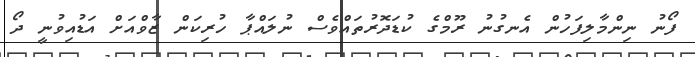
ފޯނު ނިންމާލިފަހުން އެނގުނު ރޫމްގެ ކުޑަދޮރުތައްވެސް ނުލައްޕާ ހުރިކަން ޒާވްއަށް އަޑުއިވުނީ ދޯ